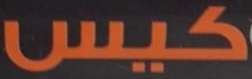
كيس